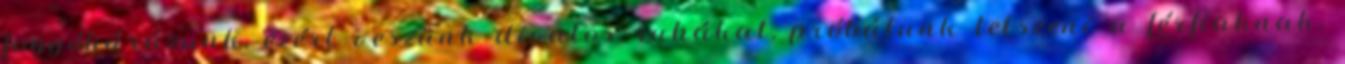
fogyókúrázunk, ezért veszünk divatos ruhákat, próbálunk tetszeni a férfiaknak.